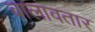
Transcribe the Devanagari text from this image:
बालावतार